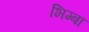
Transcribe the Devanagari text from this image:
भिम्बा